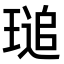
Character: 𤧫